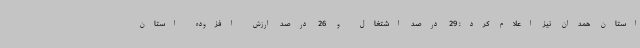
استان همدان نیز اعلام کرد: 29 درصد اشتغال و 26 درصد ارزش افزوده استان